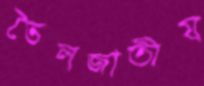
তৈলজাতীয়